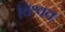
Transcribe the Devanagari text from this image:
विश्वव